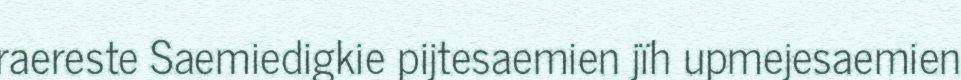
raereste Saemiedigkie pijtesaemien jïh upmejesaemien